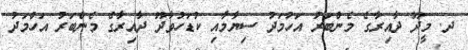
ދ. މީދޫ ދާއިރާގެ މެންބަރު އަހުމަދު ސިޔާމާއި ކުޑަހުވާދޫ ދާއިރާގެ މެންބަރު އަހްމަދު